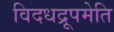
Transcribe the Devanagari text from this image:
विदधद्रूपमेति